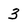
Character: 3